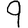
Digit: 9